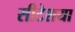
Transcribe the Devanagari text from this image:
सीटेशया